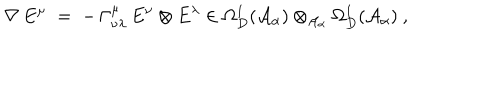
LaTeX: \nabla \, E ^ { \mu } \; = \; - \, \Gamma _ { \nu \lambda } ^ { \mu } \, E ^ { \nu } \otimes E ^ { \lambda } \in \Omega _ { D } ^ { 1 } ( { \mathcal A } _ { \alpha } ) \otimes _ { { \mathcal A } _ { \alpha } } \Omega _ { D } ^ { 1 } ( { \mathcal A } _ { \alpha } ) \ ,